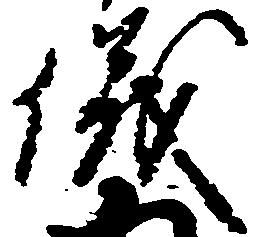
儀